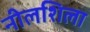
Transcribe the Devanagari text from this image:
नीलशिला